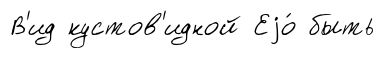
В'ид кустов'идной Еjо́ быть